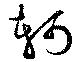
軻